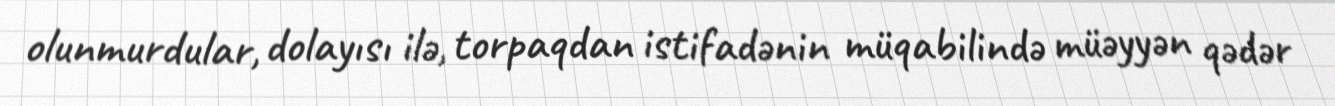
olunmurdular, dolayısı ilə, torpaqdan istifadənin müqabilində müəyyən qədər